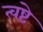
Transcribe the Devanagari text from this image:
त्वष्टे